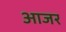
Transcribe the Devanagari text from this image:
आजर